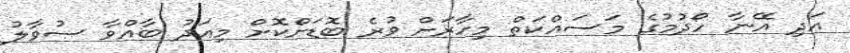
އަދި އޭނާ ހޯދުމުގެ މަސައްކަތް މިހާރަށް ވުރެ ބޮޑަށްކޮށް މިއަދު ބާއްވާ ސުވާލު